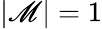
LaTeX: |\mathscr{M}|=1